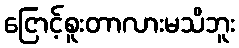
ငြောင့်စူးတာလားမသိဘူး